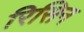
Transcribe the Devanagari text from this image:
रिसिन